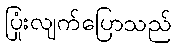
ပြုံးလျက်ပြောသည်